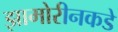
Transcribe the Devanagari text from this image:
झामोरीनकडे